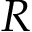
R